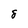
Character: 8